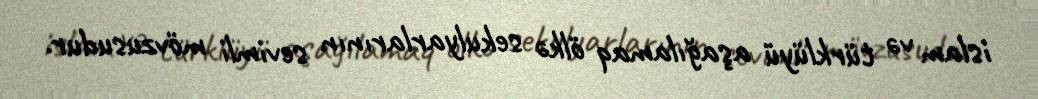
islam və türklüyü aşağılamaq ölkə sekulyarlarının sevimli mövzusudur.